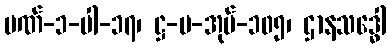
ပဏ်-၁-ပါ-၁၇၊ ဋ္ဌ-ပ-အုပ်-၁၀၅၊ ဌာနသဒ္ဓေါ